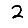
Digit: 2